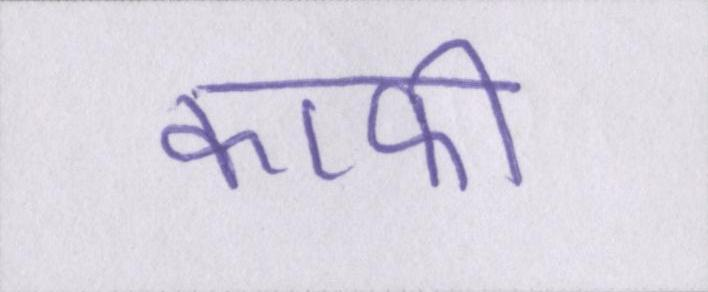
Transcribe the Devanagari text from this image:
काफी